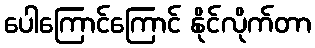
ပေါကြောင်ကြောင် နိုင်လိုက်တာ